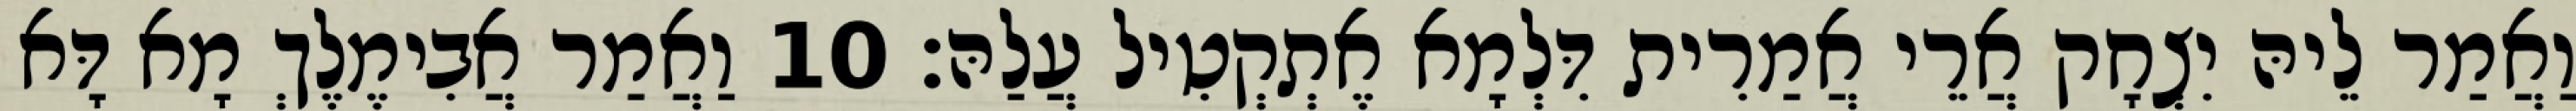
וַאֲמַר לֵיהּ יִצְחָק אֲרֵי אֲמַרִית דִּלְמָא אֶתְקְטִיל עֲלַהּ׃ 10 וַאֲמַר אֲבִימֶלֶךְ מָא דָּא